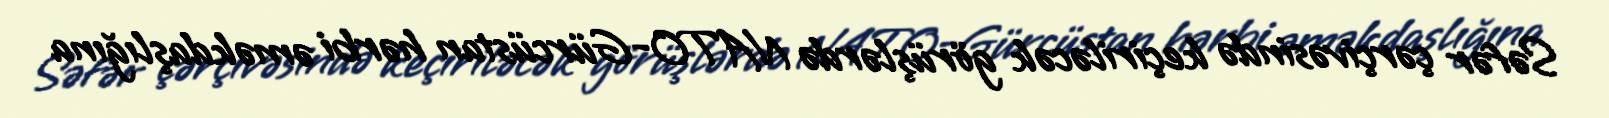
Səfər çərçivəsində keçiriləcək görüşlərdə NATO-Gürcüstan hərbi əməkdaşlığına